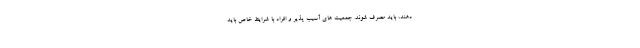
دهند، باید مصرف شوند. جمعیت های آسیب پذیر و افراد با شرایط خاص باید